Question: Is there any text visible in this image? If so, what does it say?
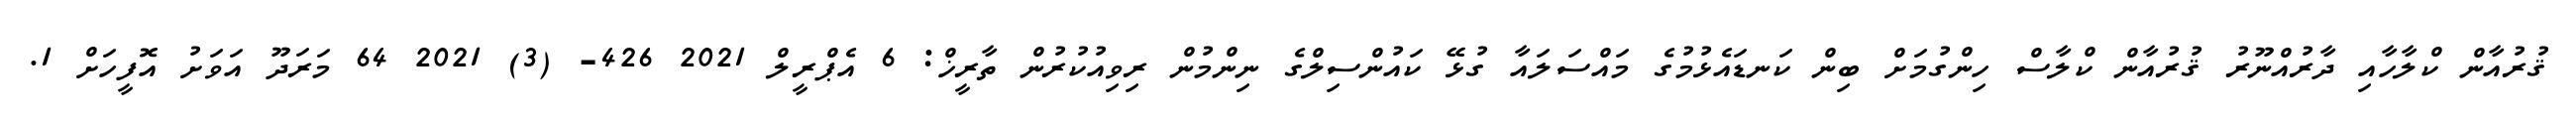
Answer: ޤުރުއާން ކްލާހާއި ދާރުއްނޫރު ޤުރުއާން ކްލާސް ހިންގުމަށް ބިން ކަނޑައެޅުމުގެ މައްސަލައާ ގުޅޭ ކައުންސިލްގެ ނިންމުން ރިވިއުކުރުން ތާރީޚް: 6 އެޕްރީލް 2021 426- (3) 2021 64 މަރަދޫ އަވަށު އޮފީހަށް 1.